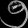
Digit: ၅